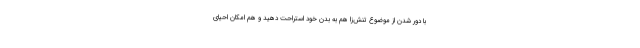
با دور شدن از موضوع تنش‌زا هم به بدن خود استراحت دهید و هم امکان احیای